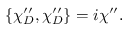
\{ \chi _ { D } ^ { \prime \prime } , \chi _ { D } ^ { \prime \prime } \} = i \chi ^ { \prime \prime } .